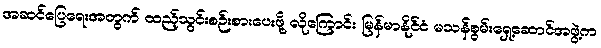
အဆင်ပြေရေးအတွက် ထည့်သွင်းစဉ်းစားပေးဖို့ လိုကြောင်း မြန်မာနိုင်ငံ မသန်စွမ်းရှေ့ဆောင်အဖွဲ့က